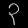
Digit: ၃